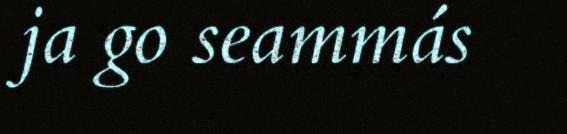
ja go seammás